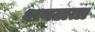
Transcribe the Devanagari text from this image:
शवलता